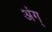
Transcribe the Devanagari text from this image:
अंग्